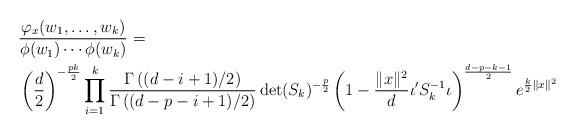
LaTeX: \begin{align*}&\frac{\varphi_x(w_1,\dots,w_k)}{\phi(w_1)\cdots\phi(w_k)} =\\&\left(\frac{d}{2}\right)^{-\frac{p k }{2}}\prod_{i=1}^k \frac{ \Gamma \left( (d-i+1)/2\right)}{\Gamma \left((d-p-i+1)/2\right)}\det(S_k)^{-\frac{p}{2}}\left( 1-\frac{\|x\|^2}{d}\iota'S_k^{-1}\iota\right)^{\frac{d-p-k-1}{2}}e^{\frac{k}2 \|x\|^2}\end{align*}